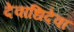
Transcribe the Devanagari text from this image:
देवाधिदेवा